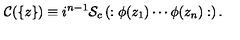
{ \cal C } ( \{ z \} ) \equiv i ^ { n - 1 } { \cal S } _ { c } \left( : \phi ( z _ { 1 } ) \cdots \phi ( z _ { n } ) : \right) .